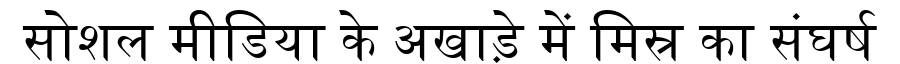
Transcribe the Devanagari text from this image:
सोशल मीडिया के अखाड़े में मिस्र का संघर्ष